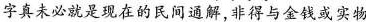
字真未必就是现在的民间通解，非得与金钱或实物